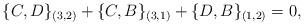
LaTeX: \begin{align*}\{C,D\}_{(3,2)}+\{C,B\}_{(3,1)}+\{D,B\}_{(1,2)}=0,\end{align*}